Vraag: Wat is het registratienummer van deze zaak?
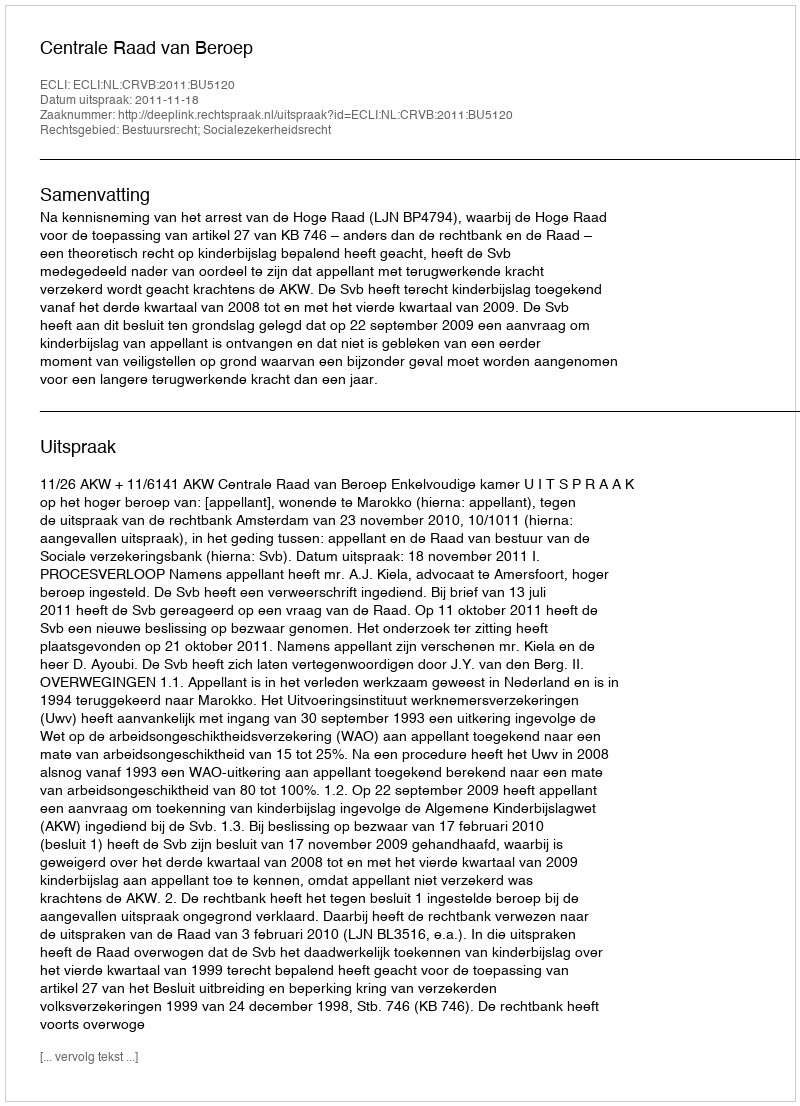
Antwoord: http://deeplink.rechtspraak.nl/uitspraak?id=ECLI:NL:CRVB:2011:BU5120